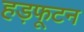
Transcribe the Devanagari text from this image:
हड़फूटन